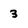
Character: 3